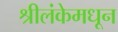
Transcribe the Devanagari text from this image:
श्रीलंकेमधून